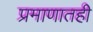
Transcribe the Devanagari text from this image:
प्रमाणातही